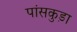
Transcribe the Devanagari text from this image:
पांसकुड़ा